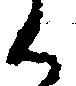
く